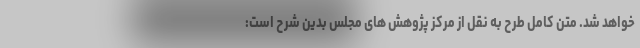
خواهد شد. متن کامل طرح به نقل از مرکز پژوهش های مجلس بدین شرح است: